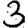
Digit: 3